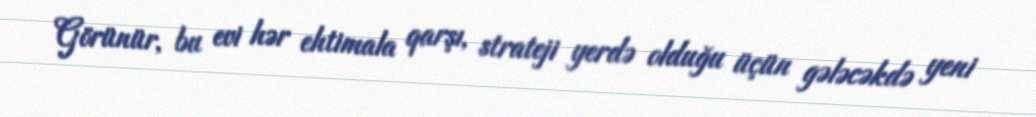
Görünür, bu evi hər ehtimala qarşı, strateji yerdə olduğu üçün gələcəkdə yeni